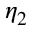
\eta _ { 2 }